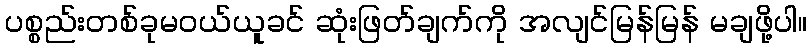
ပစ္စည်းတစ်ခုမဝယ်ယူခင် ဆုံးဖြတ်ချက်ကို အလျင်မြန်မြန် မချဖို့ပါ။